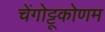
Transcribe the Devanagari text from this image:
चेंगोट्टूकोणम